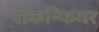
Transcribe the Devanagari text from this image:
रीकन्फिगर